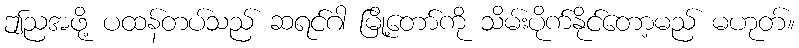
ဤညအဖို့ ပထန်တပ်သည် ဆရင်ဂါ မြို့တော်ကို သိမ်းပိုက်နိုင်တော့မည် မဟုတ်။